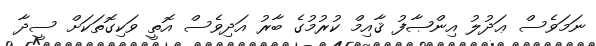
ނަމަވެސް ޢަދުލު އިންޞާފު ޤާއިމް ކުރުމުގެ ބާރު އަދިވެސް އޮތީ ވަކިގޮތަކަށް ސީދާ